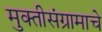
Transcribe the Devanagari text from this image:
मुक्तीसंग्रामाचे